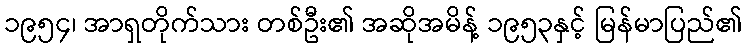
၁၉၅၄၊ အာရှတိုက်သား တစ်ဦး၏ အဆိုအမိန့် ၁၉၅၃နှင့် မြန်မာပြည်၏